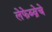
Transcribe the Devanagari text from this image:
लेफेब्व्रेचे